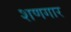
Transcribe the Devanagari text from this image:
शणगार